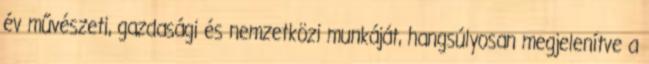
év művészeti, gazdasági és nemzetközi munkáját, hangsúlyosan megjelenítve a